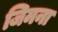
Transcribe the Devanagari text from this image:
जिमना